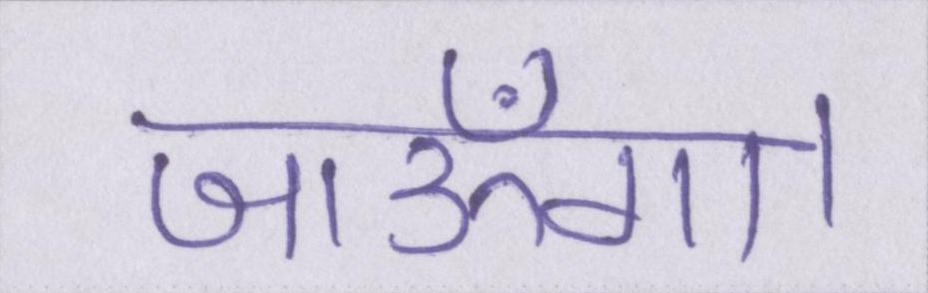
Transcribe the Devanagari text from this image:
जाऊँगा।